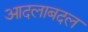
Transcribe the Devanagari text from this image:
आदलाबदल